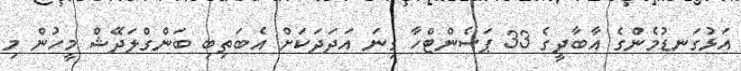
އަޅުގަނޑުމެންގެ އާބާދީގެ 33 ޕަސެންޓްހާ ގިނަ އަދަދަކަށް އެބަތިބި ބަންގްލަދޭޝް މީހުން މި